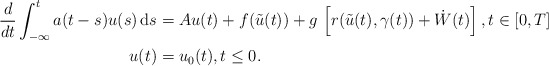
\begin{align*} \begin{aligned} \frac{d}{dt} \int_{-\infty}^t a(t-s)u(s) \, {\rm d}s &= A u(t) + f(\tilde{u}(t))+ g\, \left[r(\tilde u(t),\gamma(t)) + \dot W(t)\right], t \in [0,T] \\ u(t) &= u_0(t), t \le 0. \end{aligned}\end{align*}